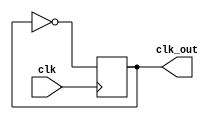
module TimingControl (
    input wire clk,
    output wire clk_out
);

always @ (posedge clk) begin
    // Generate clock signal for timing control
    clk_out <= ~clk_out; 
end

endmodule